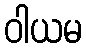
ဝါယမ